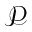
\mathscr { P }